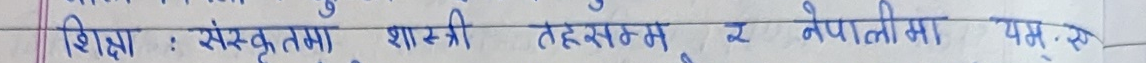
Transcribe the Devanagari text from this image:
शिक्षा : संस्कृतमा शास्त्री तहसम्म र नेपालीमा एम.ए.